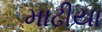
માઢીયા